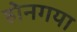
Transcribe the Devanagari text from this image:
होनगया